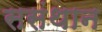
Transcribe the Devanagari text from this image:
ससंथान